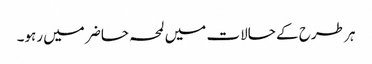
ہر طرح کے حالات میں لمحہ حاضر میں رہو۔